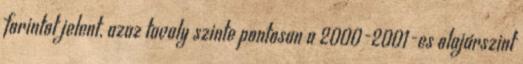
forintot jelent, azaz tavaly szinte pontosan a 2000-2001-es olajárszint